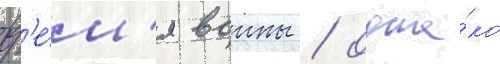
вр'е́м'я воины / одна́ко